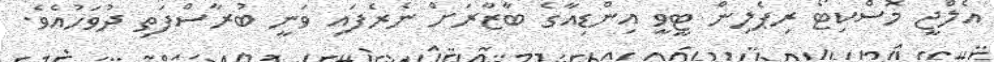
އެލްޖީ މޮސްކިޓޯ ރިޕެލިން ޓީވީ އިންޑިއާގެ ބާޒާރަށް ނެރެފައި ވަނީ ބުރާސްފަތި ދުވަހުއެވެ.